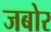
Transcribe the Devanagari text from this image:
जबोर